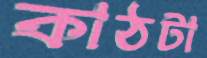
কাঠটা